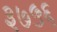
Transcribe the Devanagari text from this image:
३७५६